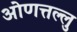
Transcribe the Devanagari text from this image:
ओणत्तल्लु